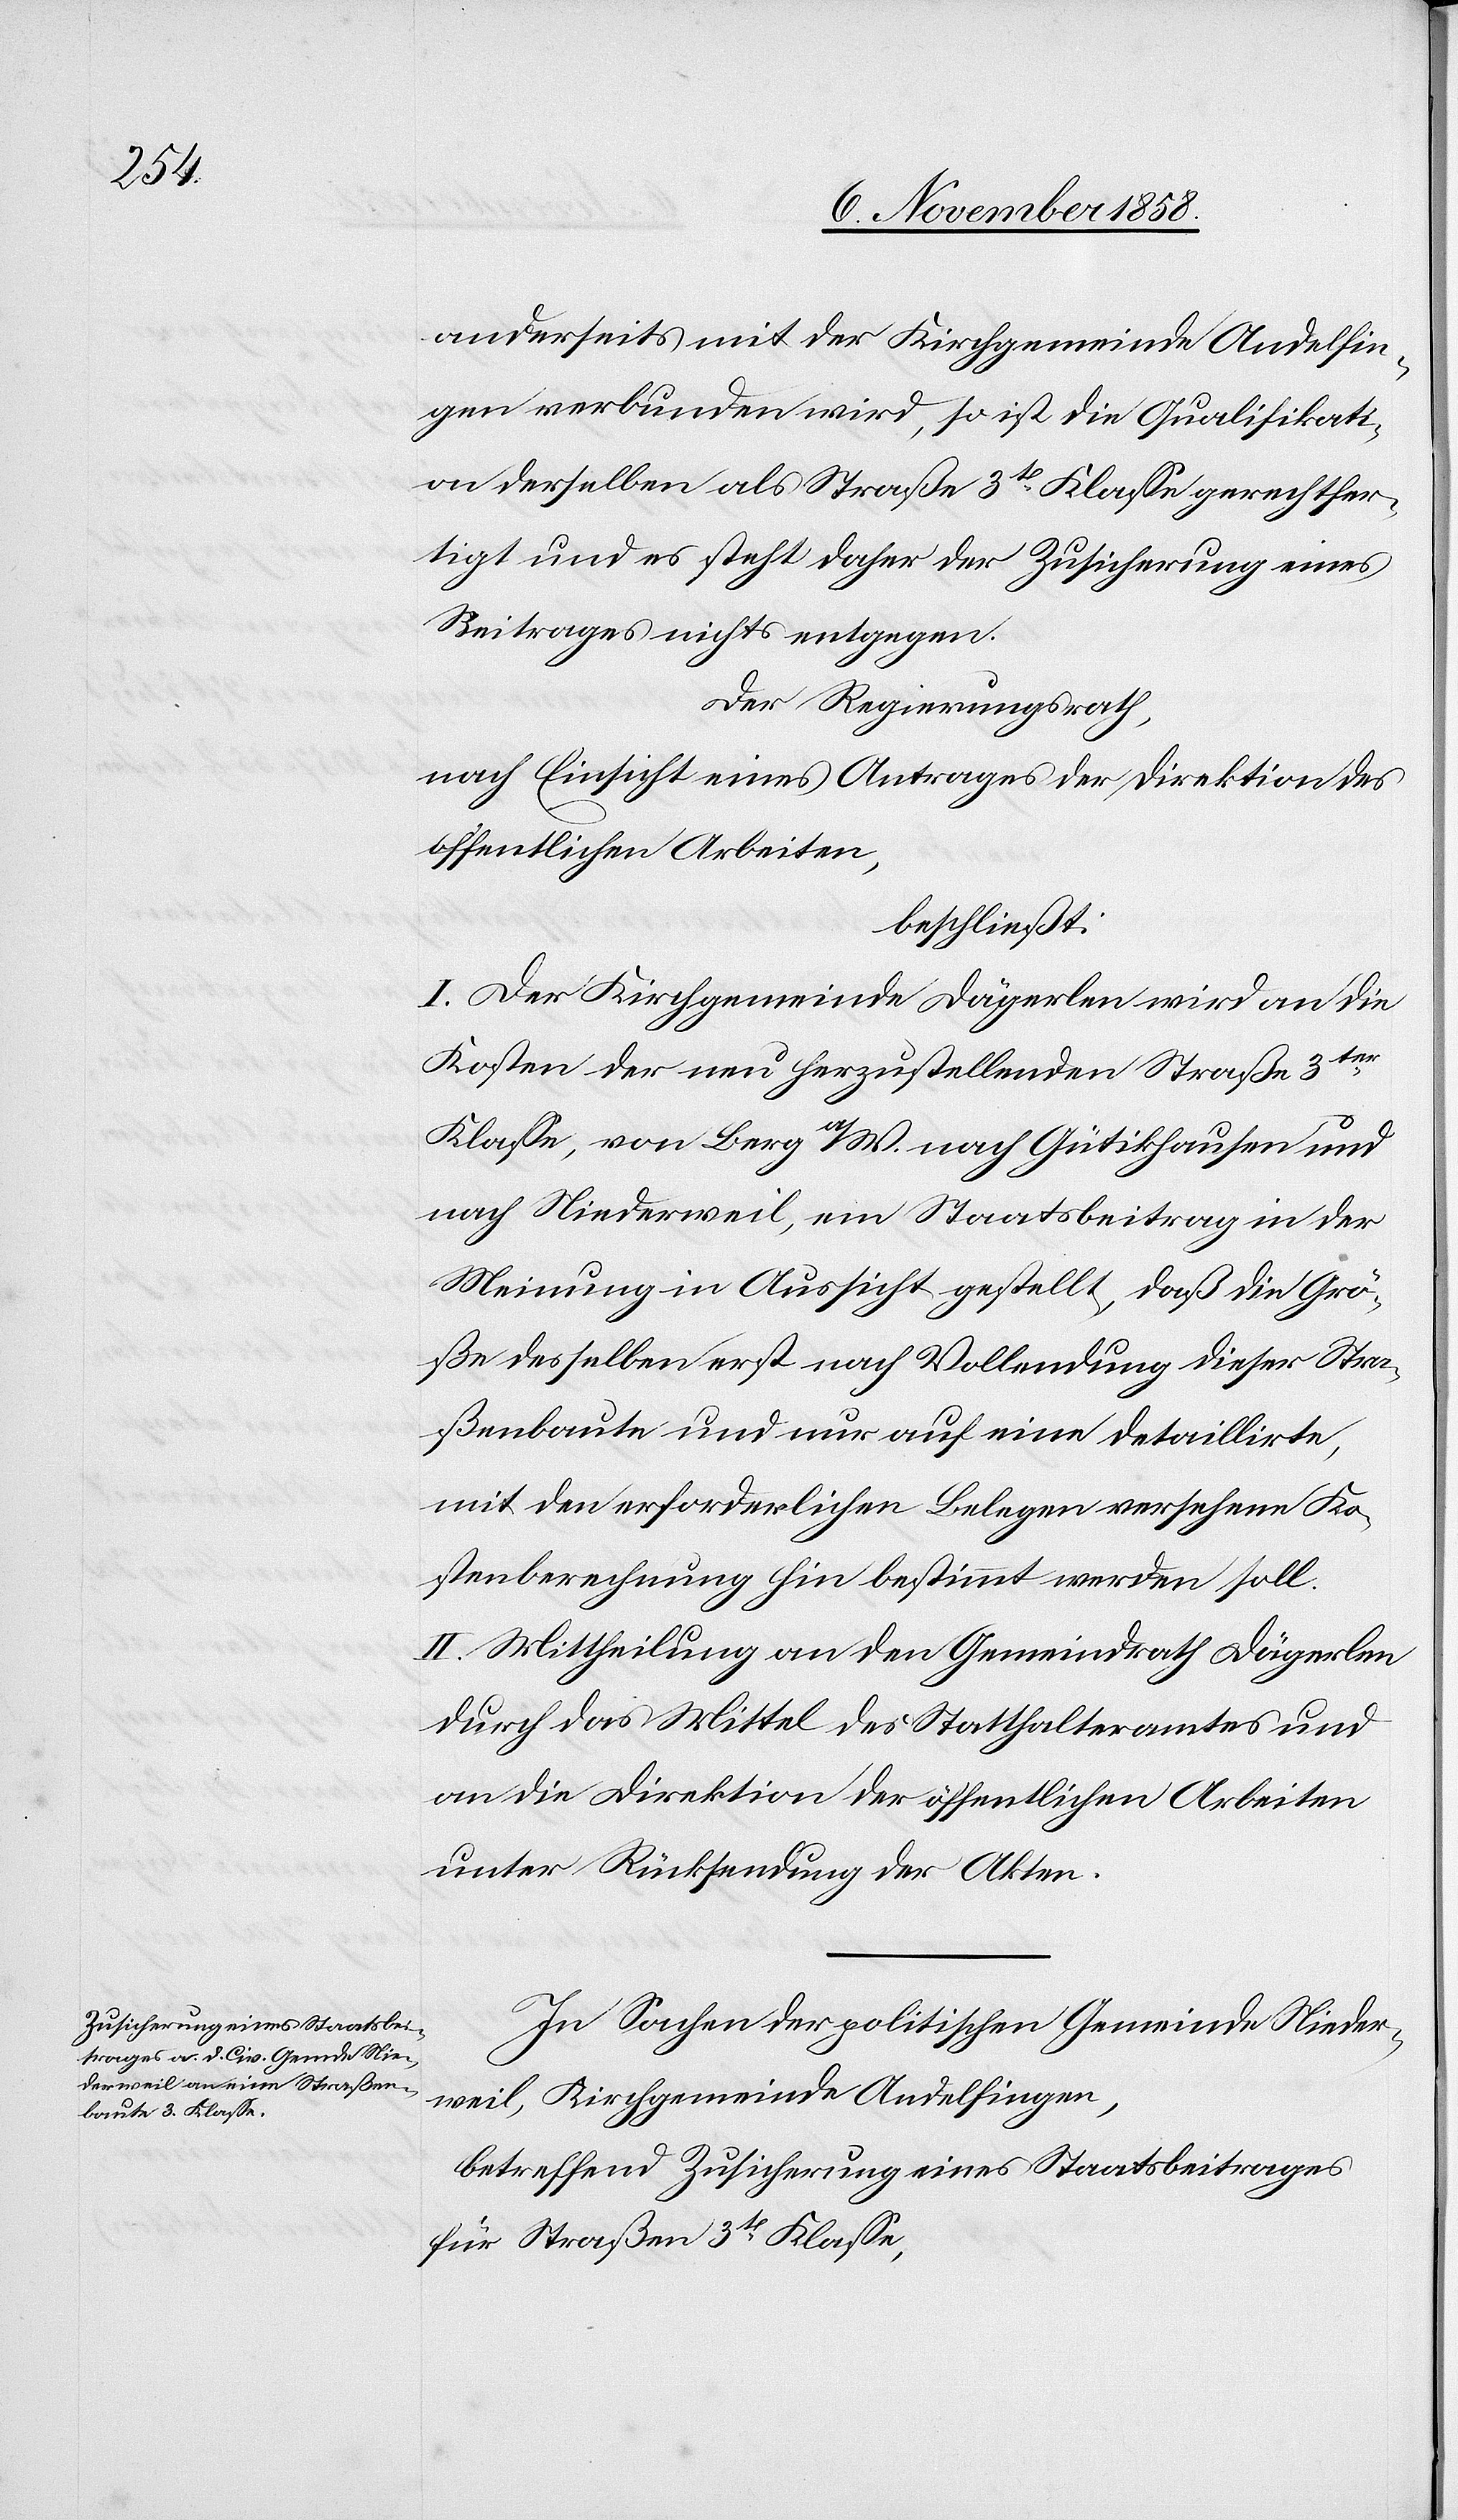
anderseits mit der Kirchgemeinde Andelfin¬
gen verbunden wird, so ist die Qualifikati¬
on derselben als Straße 3t Klasse gerechtfer¬
tigt und es steht daher der Zusicherung eines
Beitrages nichts entgegen.
Der Regierungsrath,
nach Einsicht eines Antrages der Direktion des
öffentlichen Arbeiten,
beschließt:
I. Der Kirchgemeinde Dägerlen wird an die
Kosten der neu herzustellenden Straße 3ter
Klasse, von Berg a/W. nach Gütikhausen und
nach Niederweil, ein Staatsbeitrag in der
Meinung in Aussicht gestellt, daß die Grö¬
ße desselben erst nach Vollendung dieser Stra¬
ßenbaute und nur auf eine detaillirte,
mit den erforderlichen Belegen versehene Ko¬
stenberechnung hin bestimmt werden soll.
II. Mittheilung an den Gemeindrath Dägerlen
durch das Mittel des Statthalteramtes und
an die Direktion der öffentlichen Arbeiten
unter Rücksendung der Akten.
In Sachen der politischen Gemeinde Nieder¬
weil, Kirchgemeinde Andelfingen,
betreffend Zusicherung eines Staatsbeitrages
für Straßen 3t Klasse,